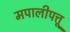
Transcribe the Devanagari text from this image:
मपालीपत्तू